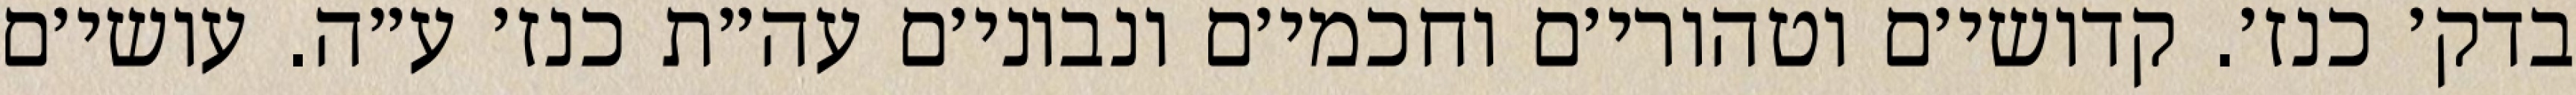
בדק׳ כנז׳. קדושי׳ם וטהורי׳ם וחכמי׳ם ונבוני׳ם עה״ת כנז׳ ע״ה. עושי׳ם